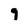
Character: 9